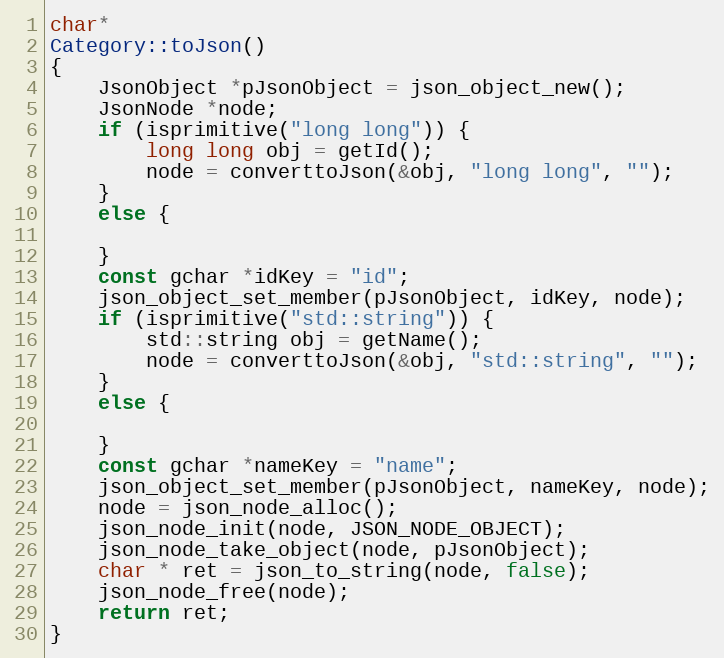
Language: C++
char*
Category::toJson()
{
	JsonObject *pJsonObject = json_object_new();
	JsonNode *node;
	if (isprimitive("long long")) {
		long long obj = getId();
		node = converttoJson(&obj, "long long", "");
	}
	else {

	}
	const gchar *idKey = "id";
	json_object_set_member(pJsonObject, idKey, node);
	if (isprimitive("std::string")) {
		std::string obj = getName();
		node = converttoJson(&obj, "std::string", "");
	}
	else {

	}
	const gchar *nameKey = "name";
	json_object_set_member(pJsonObject, nameKey, node);
	node = json_node_alloc();
	json_node_init(node, JSON_NODE_OBJECT);
	json_node_take_object(node, pJsonObject);
	char * ret = json_to_string(node, false);
	json_node_free(node);
	return ret;
}